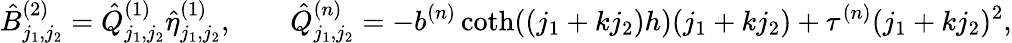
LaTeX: \hat{B}_{j_{1},j_{2}}^{(2)}=\hat{Q}_{j_{1},j_{2}}^{(1)}\hat{\eta}_{j_{1},j_{2}}^{(1)},\qquad\hat{Q}_{j_{1},j_{2}}^{(n)}=-b^{(n)}\coth((j_{1}+kj_{2})h)(j_{1}+kj_{2})+\tau^{(n)}(j_{1}+kj_{2})^{2},